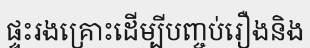
ផ្ទះរងគ្រោះដើម្បីបញ្ចប់រឿងនិង